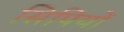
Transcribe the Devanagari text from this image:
सिपियों